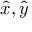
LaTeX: { \hat { x } } , { \hat { y } }